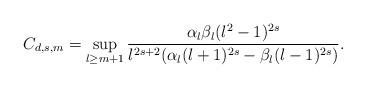
LaTeX: \begin{align*}C_{d,s,m} = \sup_{\l \geq m+1} \frac{\alpha_{\l} \beta_{\l} (\l^2-1)^{2s}}{\l^{2s+2}(\alpha_{\l} (\l+1)^{2s} - \beta_{\l} (\l-1)^{2s})}.\end{align*}